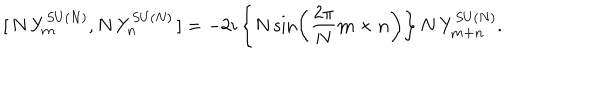
[ \, N \, Y _ { \bf m } ^ { S U ( N ) } , N \, Y _ { \bf n } ^ { S U ( N ) } \, ] = - 2 i \left\{ N \sin \left( \frac { 2 \pi } { N } { \bf m \times n } \right) \right\} N \, Y _ { \bf m + n } ^ { S U ( N ) } .